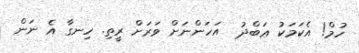
ހުމް! އެކަމަކު ޢަބްދު  އަހަންނަށް ވަރަށް ރީތި. ހިނގާ އެ ނަން